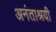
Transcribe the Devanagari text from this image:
अनंताश्रयी